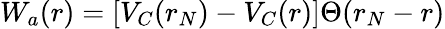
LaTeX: W_{a}(r)=[V_{C}(r_{N})-V_{C}(r)]\Theta(r_{N}-r)